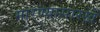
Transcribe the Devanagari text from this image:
मारण्यासारखें